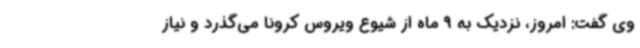
وی گفت: امروز، نزدیک به 9 ماه از شیوع ویروس کرونا می‌گذرد و نیاز